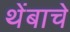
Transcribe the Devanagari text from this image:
थेंबाचे